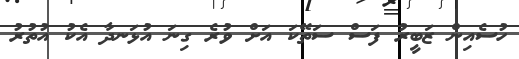
ހުސެއިން ޒަބީރު ފަސް ސަތޭކަ އަށް ވުރެ ގިނަ އުޅަނދާ އެކު އުތުރު